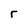
Character: r